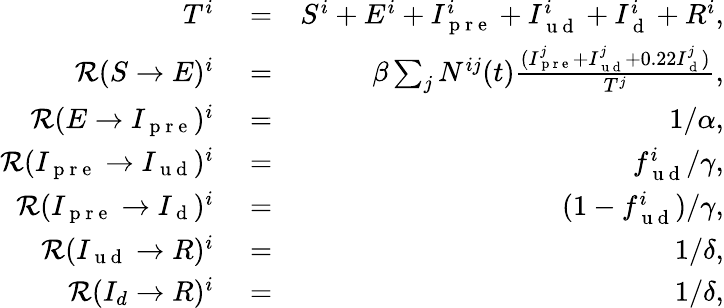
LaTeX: \begin{array}{rlr}{T^{i}}&{{}=}&{S^{i}+E^{i}+I_{\mathrm{~p~r~e~}}^{i}+I_{\mathrm{~u~d~}}^{i}+I_{\mathrm{~d~}}^{i}+R^{i},}\\ {\mathcal{R}(S\rightarrow E)^{i}}&{{}=}&{\beta\sum_{j}N^{ij}(t)\frac{(I_{\mathrm{~p~r~e~}}^{j}+I_{\mathrm{~u~d~}}^{j}+0.22I_{\mathrm{~d~}}^{j})}{T^{j}},}\\ {\mathcal{R}(E\rightarrow I_{\mathrm{~p~r~e~}})^{i}}&{{}=}&{1/\alpha,}\\ {\mathcal{R}(I_{\mathrm{~p~r~e~}}\rightarrow I_{\mathrm{~u~d~}})^{i}}&{{}=}&{f_{\mathrm{~u~d~}}^{i}/\gamma,}\\ {\mathcal{R}(I_{\mathrm{~p~r~e~}}\rightarrow I_{\mathrm{~d~}})^{i}}&{{}=}&{(1-f_{\mathrm{~u~d~}}^{i})/\gamma,}\\ {\mathcal{R}(I_{\mathrm{~u~d~}}\rightarrow R)^{i}}&{{}=}&{1/\delta,}\\ {\mathcal{R}(I_{d}\rightarrow R)^{i}}&{{}=}&{1/\delta,}\end{array}